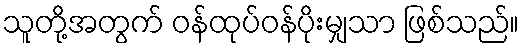
သူတို့အတွက် ဝန်ထုပ်ဝန်ပိုးမျှသာ ဖြစ်သည်။